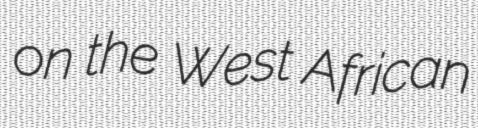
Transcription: on the West African